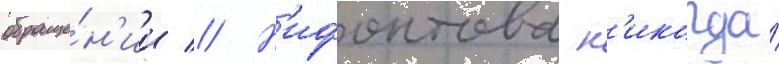
обраще́н'ии // Н'ифонтова н'икогда́